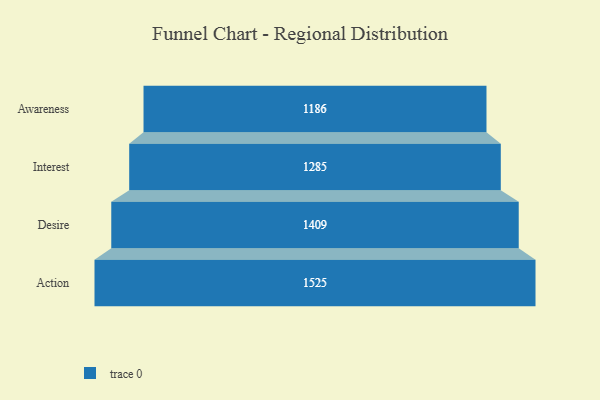
{"axis": {"x": "Stage", "y": "Value"}, "legend": [""], "data": [{"x": "Awareness", "y": 1186.0, "type": ""}, {"x": "Interest", "y": 1285.0, "type": ""}, {"x": "Desire", "y": 1409.0, "type": ""}, {"x": "Action", "y": 1525.0, "type": ""}]}